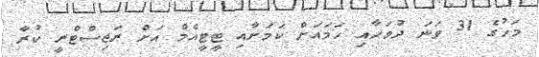
މަހުގެ 31 ވަނަ ދުވަހާއި ހަމައަށް ކަމަށާއި ޓީޓީއެމް އަށް ރަޖިސްޓްރީ ކުރާ